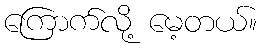
ကြောက်လို့ မေ့တယ်။